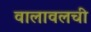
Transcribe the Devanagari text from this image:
वालावलची